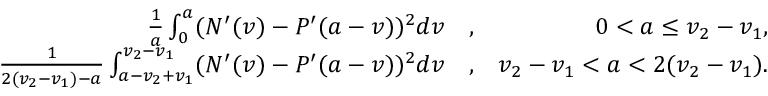
\begin{array} { r l r } { \frac { 1 } { a } \int _ { 0 } ^ { a } ( N ^ { \prime } ( v ) - P ^ { \prime } ( a - v ) ) ^ { 2 } d v } & { , } & { 0 < a \leq v _ { 2 } - v _ { 1 } , } \\ { \frac { 1 } { 2 ( v _ { 2 } - v _ { 1 } ) - a } \int _ { a - v _ { 2 } + v _ { 1 } } ^ { v _ { 2 } - v _ { 1 } } ( N ^ { \prime } ( v ) - P ^ { \prime } ( a - v ) ) ^ { 2 } d v } & { , } & { v _ { 2 } - v _ { 1 } < a < 2 ( v _ { 2 } - v _ { 1 } ) . } \end{array}